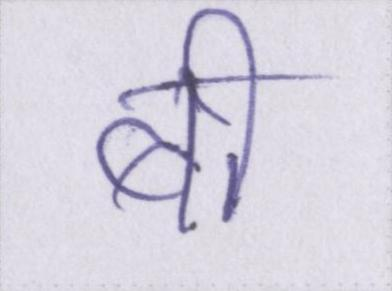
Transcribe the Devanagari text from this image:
बी